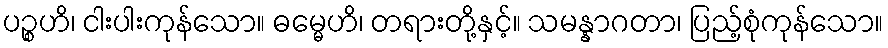
ပဉ္စဟိ၊ ငါးပါးကုန်သော။ ဓမ္မေဟိ၊ တရားတို့နှင့်။ သမန္နာဂတာ၊ ပြည့်စုံကုန်သော။